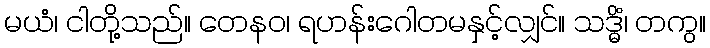
မယံ၊ ငါတို့သည်။ တေနဝ၊ ရဟန်းဂေါတမနှင့်လျှင်။ သဒ္ဓိံ၊ တကွ။